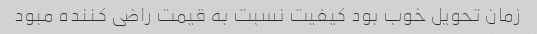
زمان تحویل خوب بود کیفیت نسبت به قیمت راضی کننده مبود